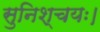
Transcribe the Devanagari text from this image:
सुनिश्चयः।